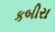
કબીરા